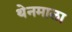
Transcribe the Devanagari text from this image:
थेनमाला